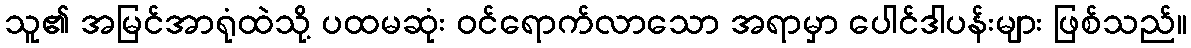
သူ၏ အမြင်အာရုံထဲသို့ ပထမဆုံး ဝင်ရောက်လာသော အရာမှာ ပေါင်ဒါပန်းများ ဖြစ်သည်။